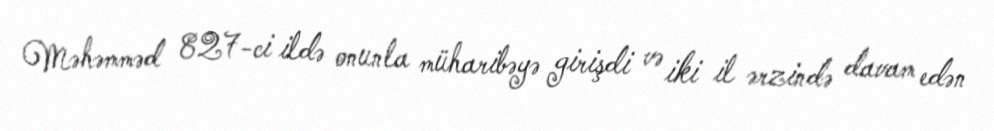
Məhəmməd 827-ci ildə onunla müharibəyə girişdi və iki il ərzində davam edən